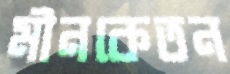
মীনকেতন